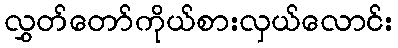
လွှတ်တော်ကိုယ်စားလှယ်လောင်း